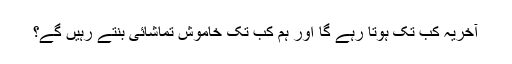
آخریہ کب تک ہوتا رہے گا اور ہم کب تک خاموش تماشائی بنتے رہیں گے؟